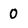
Character: 0